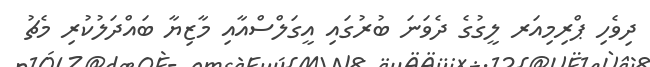
ދިވެހި ޕްރިމިއަރ ލީގުގެ ދެވަނަ ބުރުގައި އީގަލްސްއާއި މާޒިޔާ ބައްދަލުކުރި މެޗު